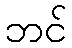
ဘင်